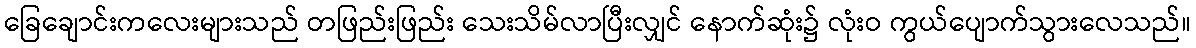
ခြေချောင်းကလေးများသည် တဖြည်းဖြည်း သေးသိမ်လာပြီးလျှင် နောက်ဆုံး၌ လုံးဝ ကွယ်ပျောက်သွားလေသည်။